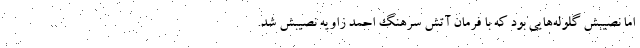
اما نصیبش گلوله‌هایی بود که با فرمان آتش سرهنگ احمد زاویه نصیبش شد.